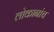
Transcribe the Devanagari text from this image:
लोकानांच